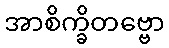
အာစိက္ခိတဗ္ဗော